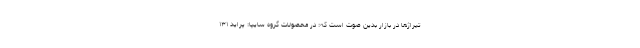
تیراژها در بازار بدین صوت است که: در محصولات گروه سایپا: پراید ۱۳۱